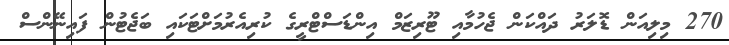
270 މިލިއަން ޑޮލަރު ދައްކަން ޖެހުމާއި ޓޫރިޒަމް އިންޑަސްޓްރީގެ ކުރިއެރުމަށްޓަކައި ބަޖެޓުން ފައިނޭންސް